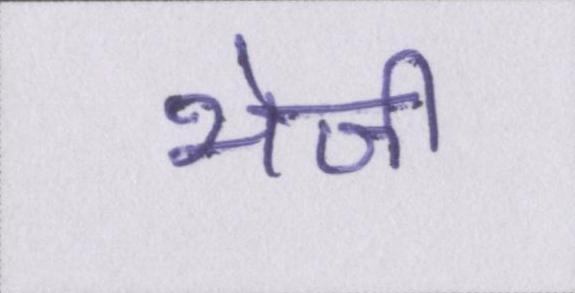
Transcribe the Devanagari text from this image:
भेजी